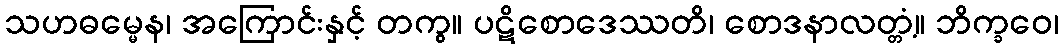
သဟဓမ္မေန၊ အကြောင်းနှင့် တကွ။ ပဋိစောဒေဿတိ၊ စောဒနာလတ္တံ့။ ဘိက္ခဝေ၊